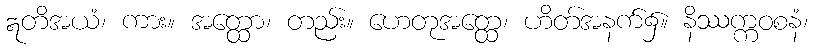
ဣတိအယံ၊ ကား။ အတ္ထော၊ တည်း။ ဟေတုအတ္ထေ၊ ဟိတ်အနက်၌။ နိဿက္ကဝစနံ၊